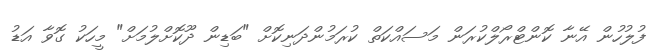
ފުލުހުން އޭނާ ކޮންޓްރޯލްކުރަން މަސައްކަތް ކުރަމުންދަނިކޮށް "ބަޑިން ދޫކޮށްލުމަށް" މީހަކު ގޮވާ އަޑު